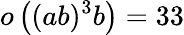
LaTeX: o\left((ab)^{3}b\right)=33